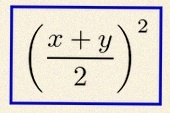
\left(\frac{x+y}{2}\right)^2